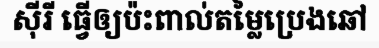
ស៊ីរី ធ្វើឲ្យប៉ះពាល់តម្លៃប្រេងឆៅ